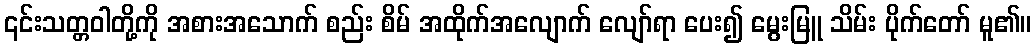
၎င်းသတ္တဝါတို့ကို အစားအသောက် စည်း စိမ် အထိုက်အလျောက် လျော်ရာ ပေး၍ မွေးမြူ သိမ်း ပိုက်တော် မူ၏။